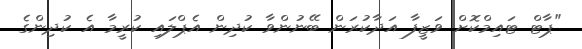
"ޕާޓް ޓައިމްކޮށް ވަޒީފާ އަދާކުރަން ބޭނުންވާ ކުދިން އެޕްލައި ކުރީމާ އެ ކުދިންގެ